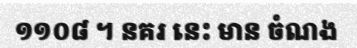
១១០៨ ។ នគរ នេះ មាន ចំណង